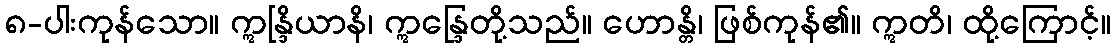
၈-ပါးကုန်သော။ ဣန္ဒြိယာနိ၊ ဣန္ဒြေတို့သည်။ ဟောန္တိ၊ ဖြစ်ကုန်၏။ ဣတိ၊ ထို့ကြောင့်။